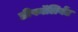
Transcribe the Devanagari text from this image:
डीफॉलियेंट